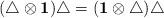
LaTeX: \begin{align*}(\triangle\otimes{\bf 1})\triangle=({\bf 1}\otimes\triangle)\triangle\end{align*}